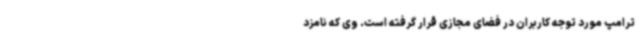
ترامپ مورد توجه کاربران در فضای مجازی قرار گرفته است. وی که نامزد